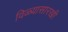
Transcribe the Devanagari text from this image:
विळ्यासारखी